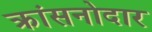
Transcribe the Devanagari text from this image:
क्रांसनोदार